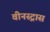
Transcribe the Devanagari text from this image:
वीनस्ट्रास